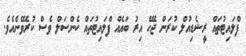
ފްލައިޓުތައް ރީޝެޑިއުލް ކުރަން ޖެހޭ އިރު ބައެއް ފްލައިޓުތައް ކެންސަލް ވެސް ކުރެވޭނެއެވެ.